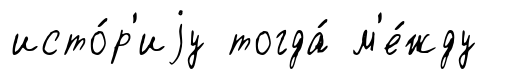
исто́р'иjу тогда́ м'е́жду